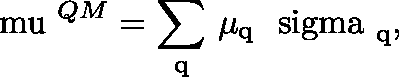
\mathrm { \boldmath ~ \ m u ~ } ^ { Q M } = \sum _ { \mathrm { q } } \, \mu _ { \mathrm { q } } \mathrm { \boldmath ~ \ s i g m a ~ } _ { \mathrm { q } } ,